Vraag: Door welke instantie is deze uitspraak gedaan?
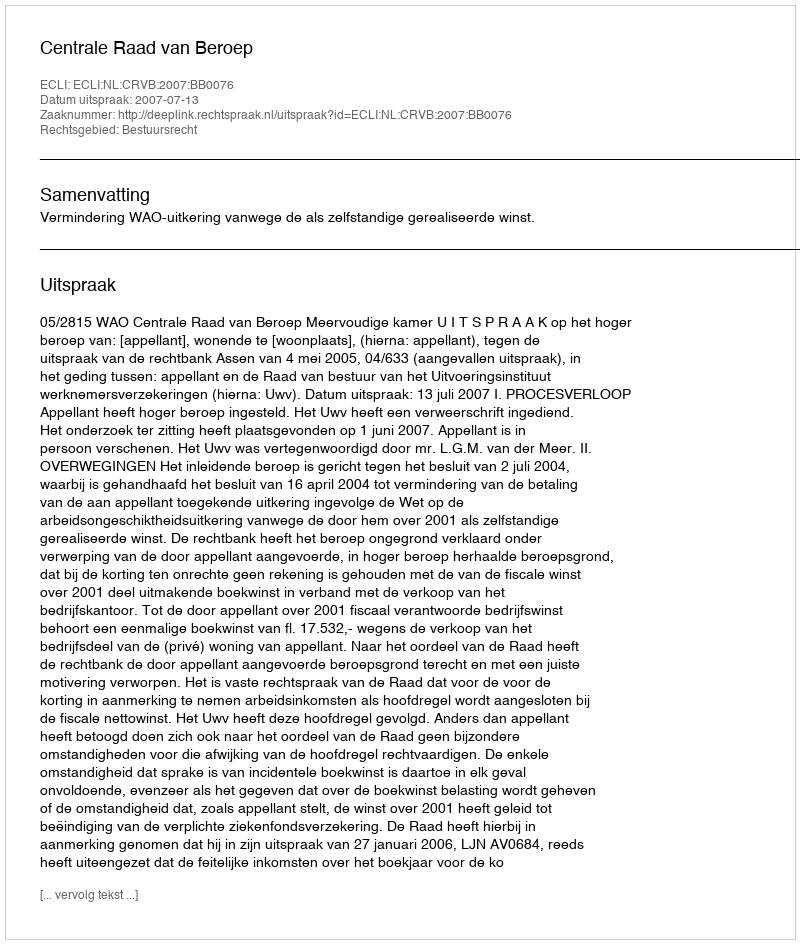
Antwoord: Centrale Raad van Beroep